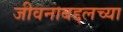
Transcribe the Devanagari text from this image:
जीवनाबद्दलच्या